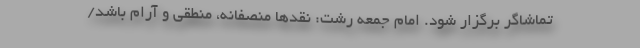
تماشاگر برگزار شود. امام جمعه رشت: نقدها منصفانه، منطقی و آرام باشد/